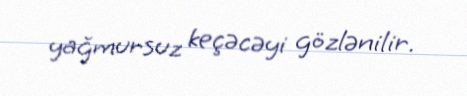
yağmursuz keçəcəyi gözlənilir.